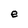
Character: e